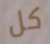
كل